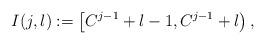
LaTeX: \begin{align*}I(j,l) := \left[ C^{j-1} + l-1, C^{j-1} + l \right),\end{align*}